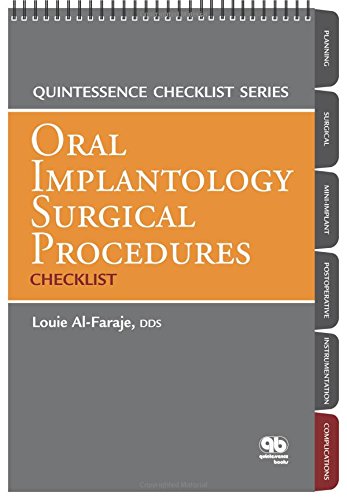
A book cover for Oral Implantology Surgical Procedures Checklist (Quintessence Checklist Series); Louie Al-Faraje; Medical Books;